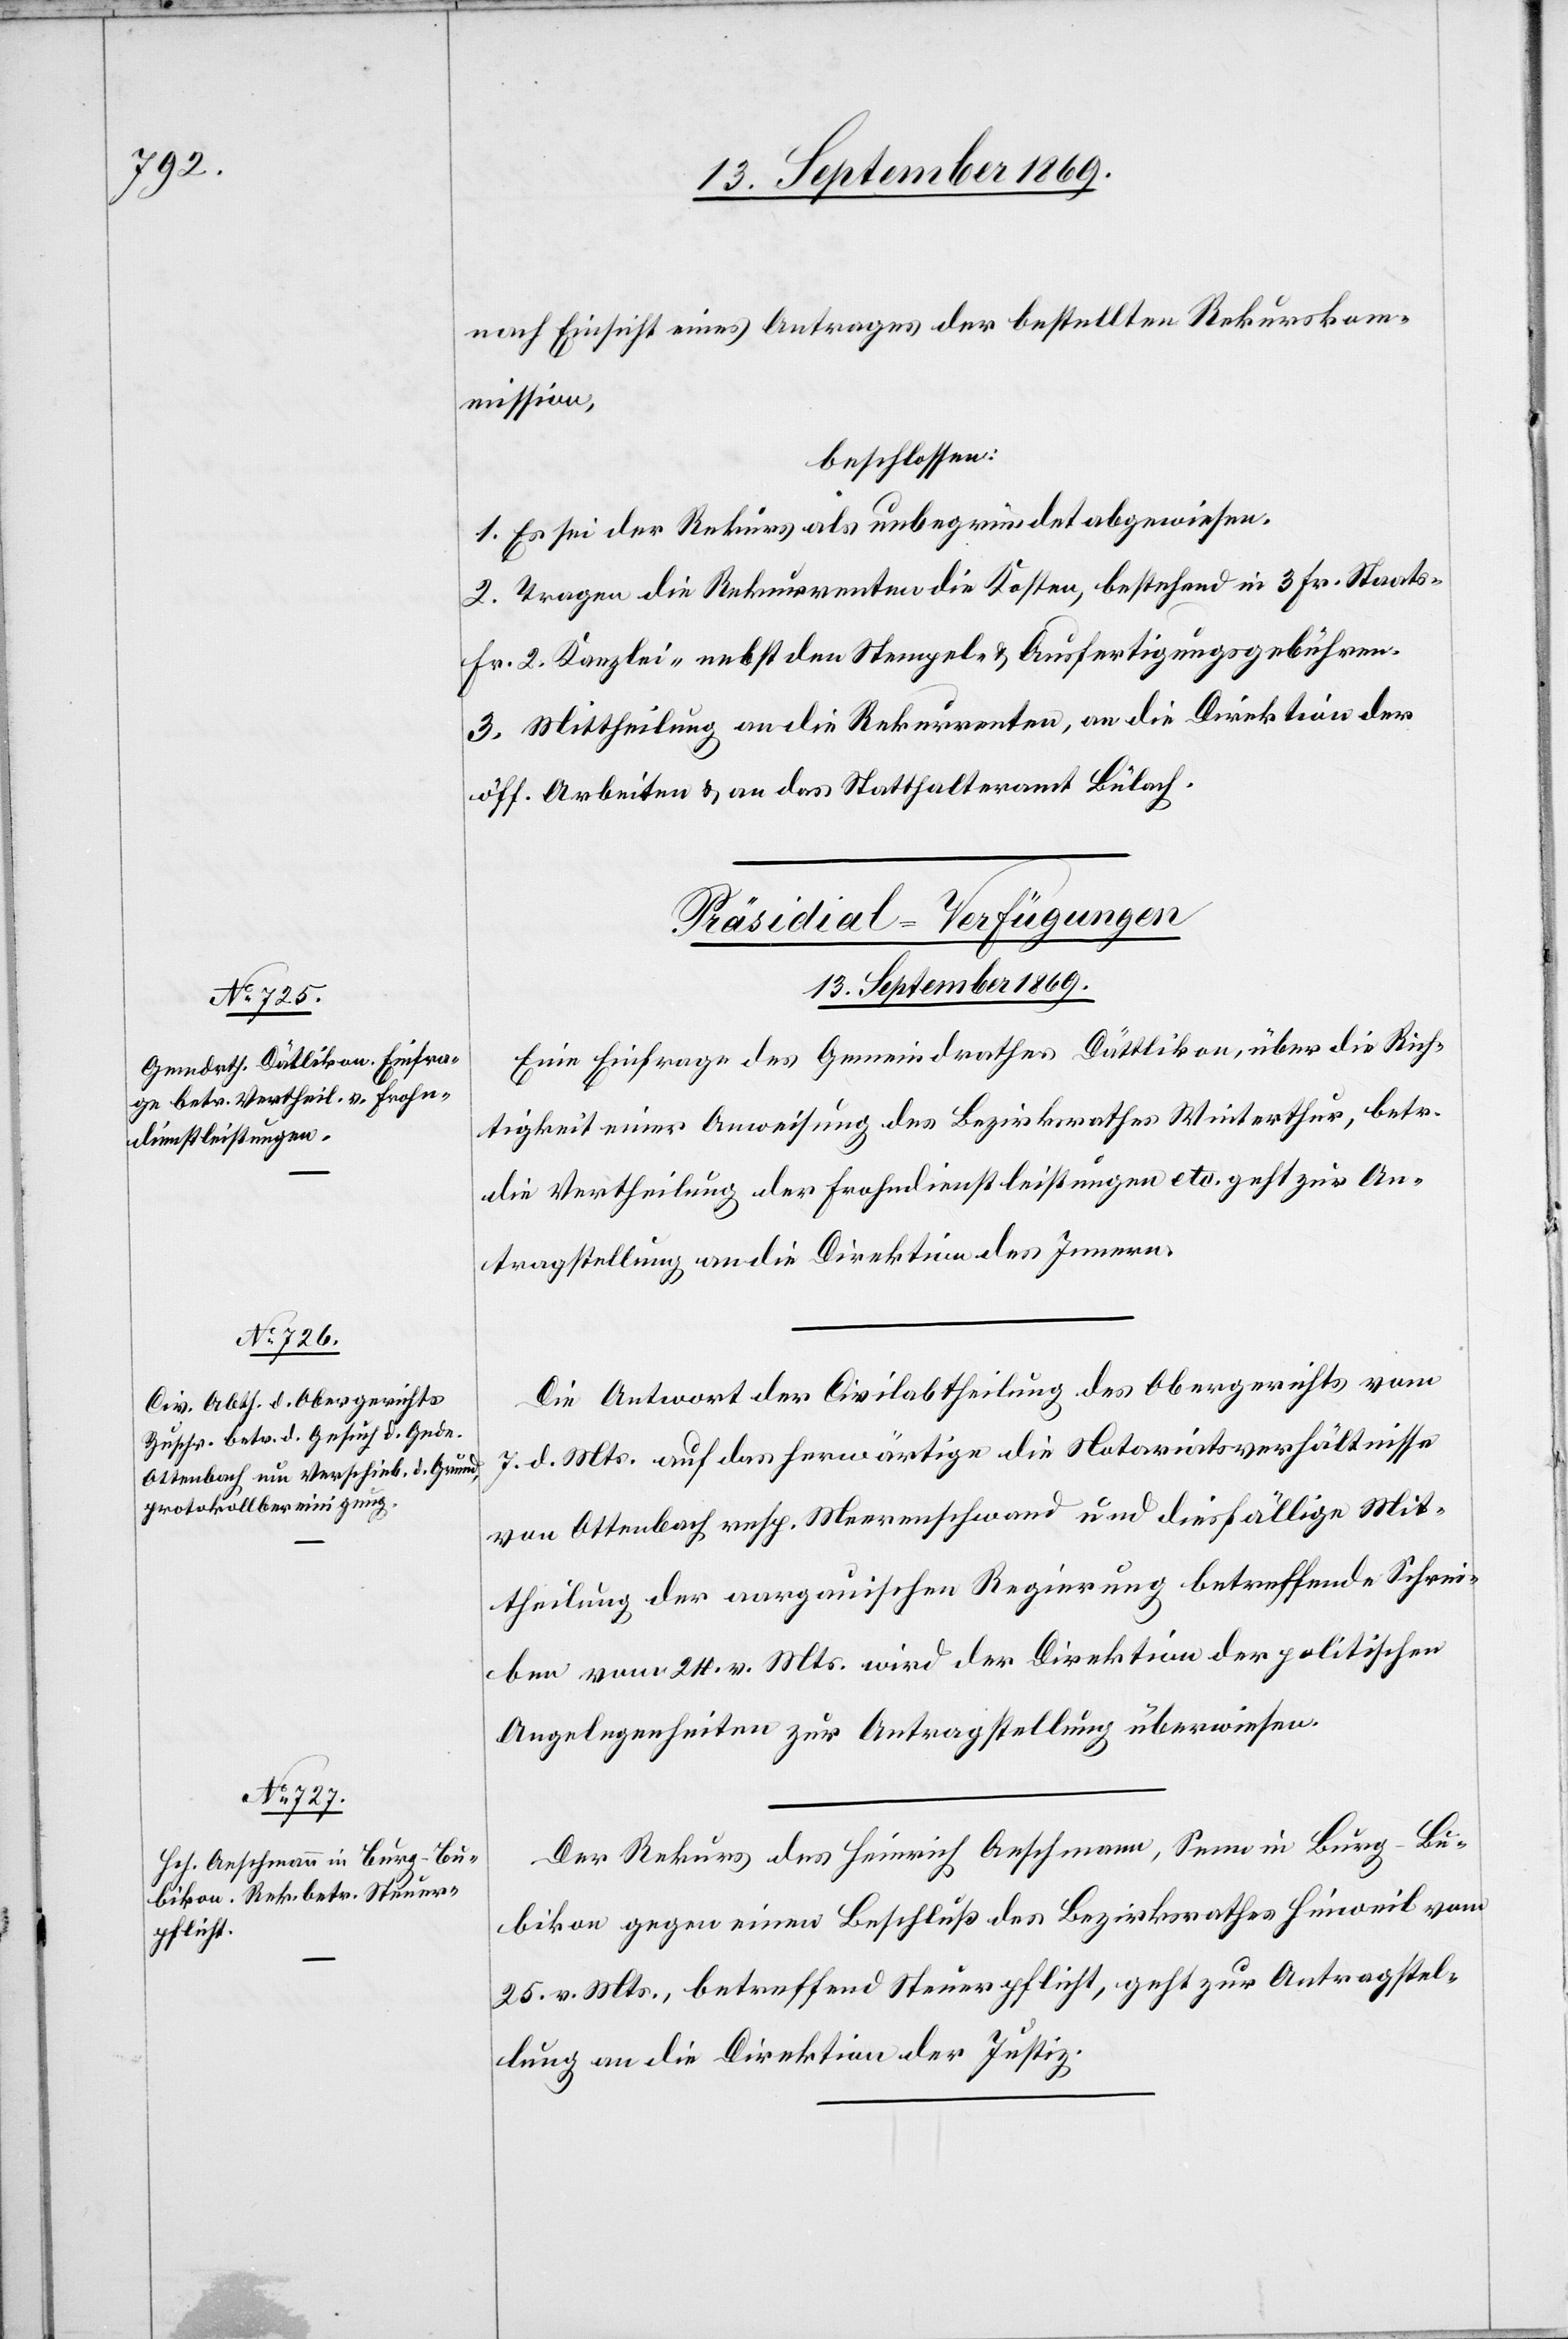
nach Einsicht eines Antrages der bestellten Rekurskom¬
mission,
beschlossen:
1. Es sei der Rekurs als unbegründet abgewiesen.
2. Tragen die Rekurrenten die Kosten, bestehend in 3 Fr. Staats-
Fr. 2 Kanzlei- nebst den Stempel- & Ausfertigungsgebühren.
3. Mittheilung an die Rekurrenten, an die Direktion der
öff. Arbeiten & an das Statthalteramt Bülach.
[Präsidial-Verfügungen
13. September 1869.]
Eine Einfrage des Gemeindrathes Dättlikon, über die Rich¬
tigkeit einer Anweisung des Bezirksrathes Winterthur, betr.
die Vertheilung der Frohndienstleistungen etc. geht zur An¬
tragstellung an die Direktion des Innern.
Die Antwort der Civilabtheilung des Obergerichts vom
7. d. Mts. auf das herwärtige die Notariatsverhältnisse
von Ottenbach resp. Meerenschwand und diesfällige Mit¬
theilung der aargauischen Regierung betreffende Schrei¬
ben vom 24. v. Mts. wird der Direktion der politischen
Angelegenheiten zur Antragstellung überweisen.
Der Rekurs des Heinrich Aeschmann, Senn in Burg - Bu¬
bikon gegen einen Beschluß des Bezirksrathes Hinweil vom
25. v. Mts., betreffend Steuerpflicht, geht zur Antragstel¬
lung an die Direktion der Justiz.